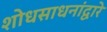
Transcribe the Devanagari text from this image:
शोधसाधनांद्वारे